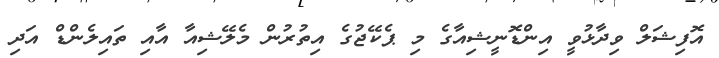
އޮފިޝަލް ވިދާޅުވީ އިންޑޮނީޝިއާގެ މި ޕެކޭޖުގެ އިތުރުން މެލޭޝިއާ އާއި ތައިލެންޑް އަދި